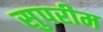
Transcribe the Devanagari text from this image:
सुपरीम